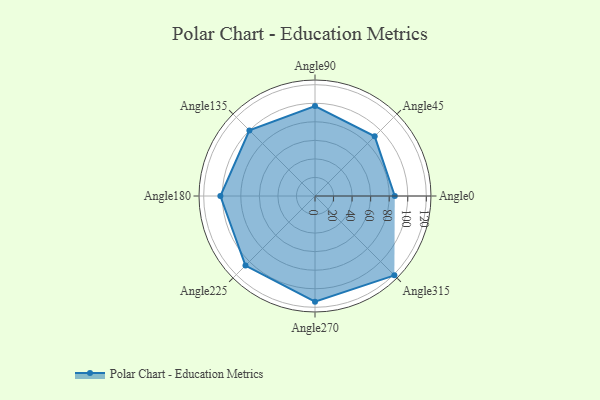
{"axis": {"x": "Angle", "y": "Radius"}, "legend": [""], "data": [{"x": "Angle0", "y": 86.0, "type": ""}, {"x": "Angle45", "y": 91.0, "type": ""}, {"x": "Angle90", "y": 97.0, "type": ""}, {"x": "Angle135", "y": 100.0, "type": ""}, {"x": "Angle180", "y": 102.0, "type": ""}, {"x": "Angle225", "y": 106.0, "type": ""}, {"x": "Angle270", "y": 114.0, "type": ""}, {"x": "Angle315", "y": 121.0, "type": ""}]}